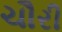
ચૌરી